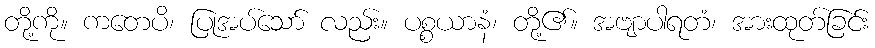
တို့ကို။ ကတေပိ၊ ပြုအပ်သော် လည်း။ ပစ္စယာနံ၊ တို့၏။ အဗျာပါရတံ၊ အားထုတ်ခြင်း